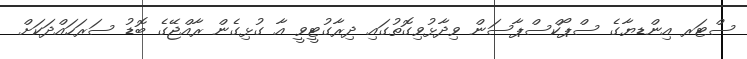
ސްޓަރ އިންޑޔާގެ ސްޕޯކްސްޕާސަން ވިދާޅުވިގޮތުގައި ދިރާގުޓީވީ އާ ގުޅިގެން ރާއްޖޭގެ ބޮޑު ސަރަހައްދަކަށް